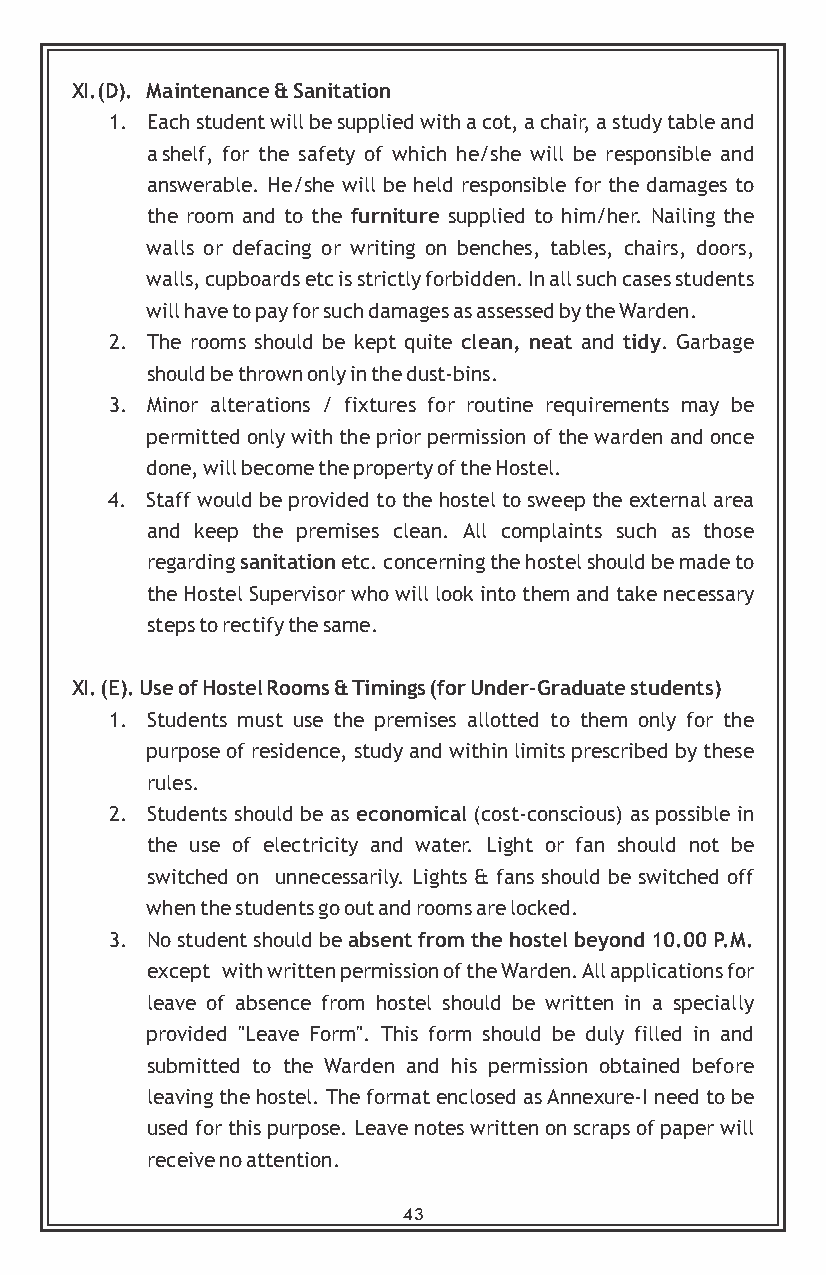
XI.(D). Maintenance & Sanitation
 1. Each student will be supplied with a cot, a chair, a study table and
 a shelf, for the safety of which he/she will be responsible and
 answerable. He/she will be held responsible for the damages to
 the room and to the furniture supplied to him/her. Nailing the
 walls or defacing or writing on benches, tables, chairs, doors,
 walls, cupboards etc is strictly forbidden. In all such cases students
 will have to pay for such damages as assessed by the Warden.
 2. The rooms should be kept quite clean, neat and tidy. Garbage
 should be thrown only in the dust-bins.
 3. Minor alterations / fixtures for routine requirements may be
 permitted only with the prior permission of the warden and once
 done, will become the property of the Hostel.
 4. Staff would be provided to the hostel to sweep the external area
 and keep the premises clean. All complaints such as those
 regarding sanitation etc. concerning the hostel should be made to
 the Hostel Supervisor who will look into them and take necessary
 steps to rectify the same.
 XI. (E). Use of Hostel Rooms & Timings (for Under-Graduate students)
 1. Students must use the premises allotted to them only for the
 purpose of residence, study and within limits prescribed by these
 rules.
 2. Students should be as economical (cost-conscious) as possible in
 the use of electricity and water. Light or fan should not be
 switched on unnecessarily. Lights & fans should be switched off
 when the students go out and rooms are locked.
 3. No student should be absent from the hostel beyond 10.00 P.M.
 except with written permission of the Warden. All applications for
 leave of absence from hostel should be written in a specially
 provided "Leave Form". This form should be duly filled in and
 submitted to the Warden and his permission obtained before
 leaving the hostel. The format enclosed as Annexure-I need to be
 used for this purpose. Leave notes written on scraps of paper will
 receive no attention.
 43